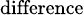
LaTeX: \scriptstyle{\mathrm{difference}}